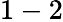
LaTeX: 1-2